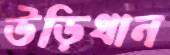
উড়িধান